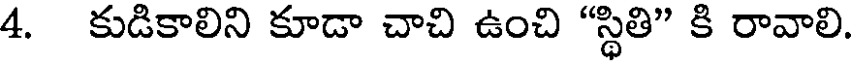
4. కుడికాలిని కూడా చాచి ఉంచి "స్థితి" కి రావాలి.